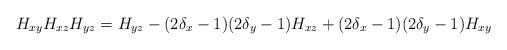
LaTeX: \begin{align*} H_{xy} H_{xz} H_{yz} = H_{yz} - (2\delta_x-1)(2\delta_y-1)H_{xz} + (2\delta_x-1)(2\delta_y-1)H_{xy}\end{align*}